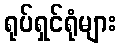
ရုပ်ရှင်ရုံများ